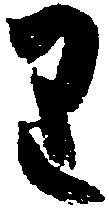
り